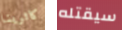
كاثرينا سيقتله